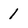
Character: 1